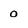
Character: 0